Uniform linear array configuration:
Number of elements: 64
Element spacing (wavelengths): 0.75
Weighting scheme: kaiser
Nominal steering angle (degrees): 60
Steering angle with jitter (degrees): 59.068
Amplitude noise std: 0.05
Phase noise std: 0.05

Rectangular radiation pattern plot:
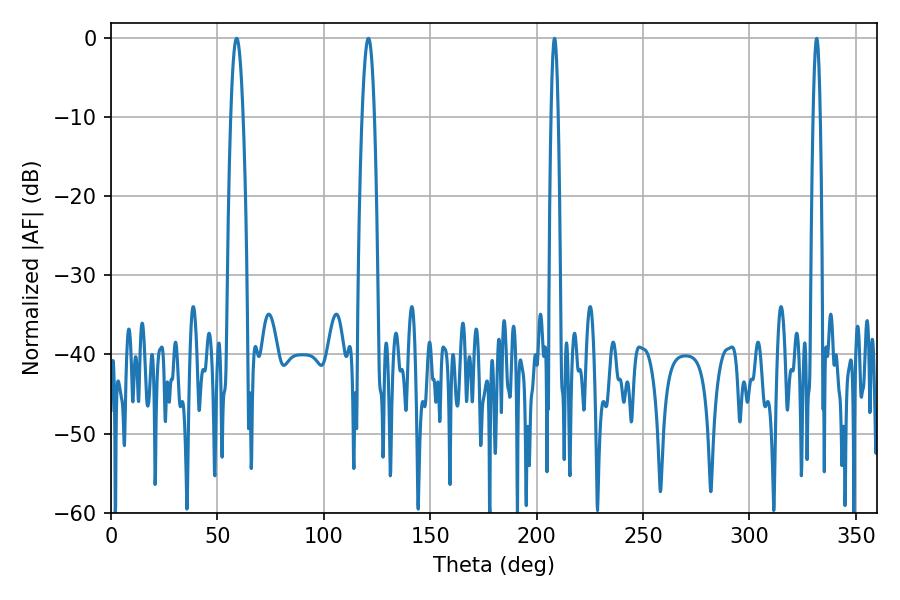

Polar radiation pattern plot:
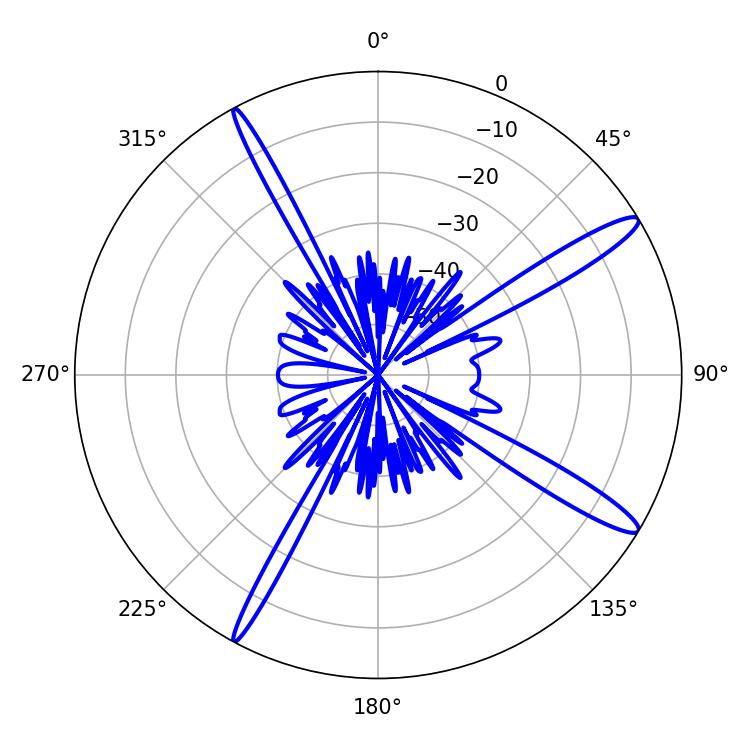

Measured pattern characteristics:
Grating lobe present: TRUE
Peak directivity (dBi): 14.534
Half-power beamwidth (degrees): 3.06
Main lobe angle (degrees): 120.96